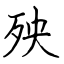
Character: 殃